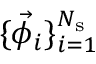
\{ \vec { \phi } _ { i } \} _ { i = 1 } ^ { N _ { \mathrm { s } } }